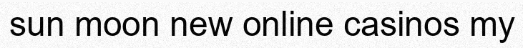
sun moon new online casinos my